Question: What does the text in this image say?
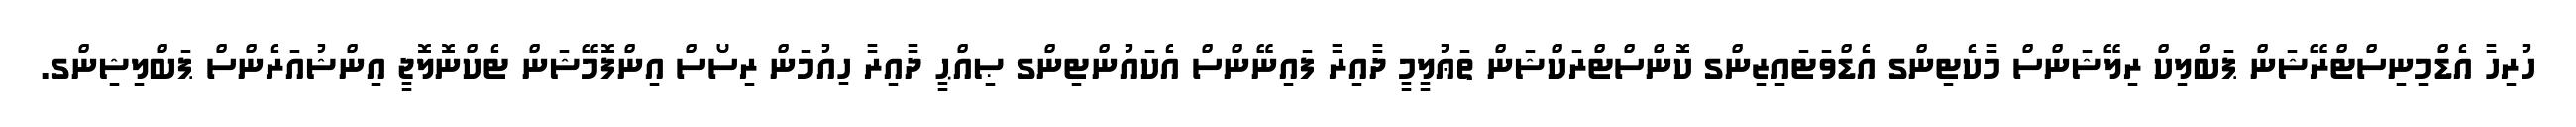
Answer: ހުރިހާ އެޑްމިނިސްޓްރޭޝަން ޕަބްލިކް ރިލޭޝަންސް މާކެޓިންގ އެޑްވަޓައިޒިންގ ކޮންސްޓްރަކްޝަން ތަޢުލީމީ ދާއިރާ ފައިނޭންސް އެކައުންޓިންގ ޞިއްޙީ ދާއިރާ ހިއުމަން ރިސޯސް އިންފޮމޭޝަން ޓެކްނޮލޮޖީ އިންޝުއަރެންސް ޕަބްލިޝިންގ.